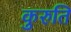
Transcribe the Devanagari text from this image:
कुरुति